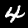
Label: 4